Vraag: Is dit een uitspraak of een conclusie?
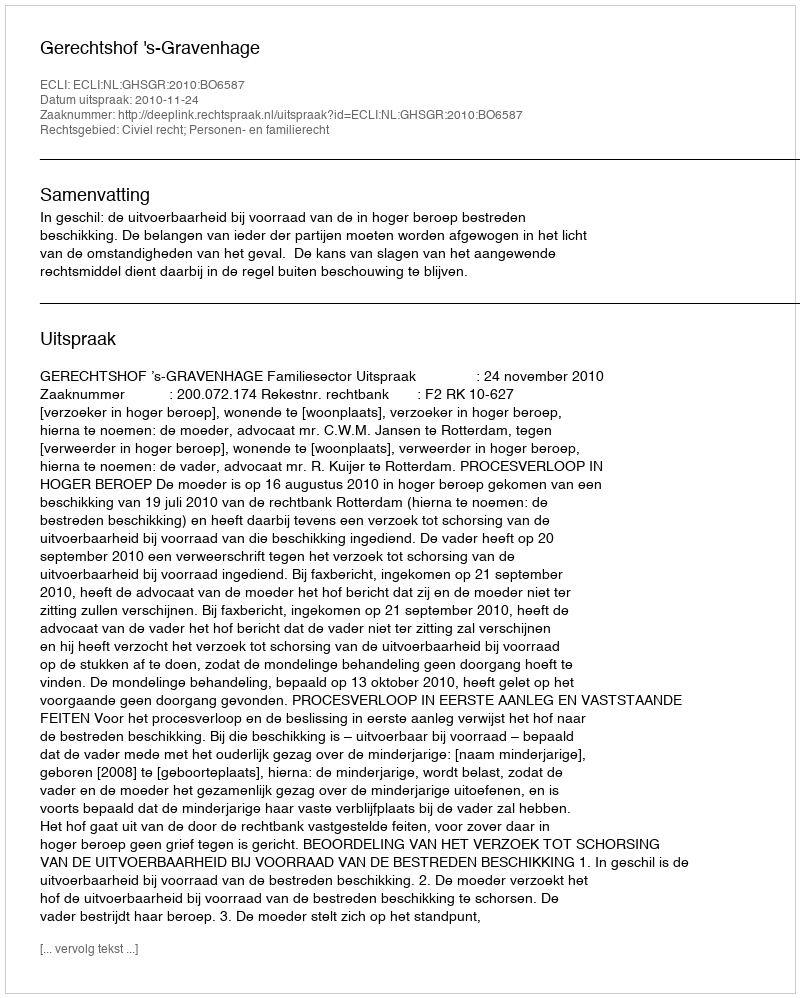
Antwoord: Uitspraak